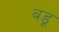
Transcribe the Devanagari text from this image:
बडू